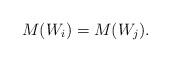
LaTeX: \begin{align*}\space M(W_i)=M(W_j).\end{align*}